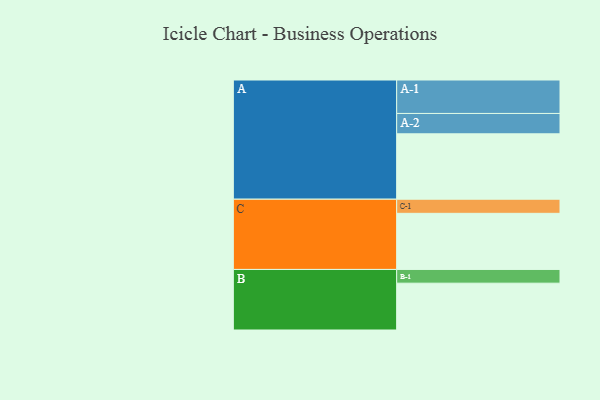
{"axis": {"x": "Segment", "y": "Value"}, "legend": ["", "A", "B", "C"], "data": [{"x": "A", "y": 514, "type": ""}, {"x": "B", "y": 368, "type": ""}, {"x": "C", "y": 441, "type": ""}, {"x": "A-1", "y": 263, "type": "A"}, {"x": "A-2", "y": 160, "type": "A"}, {"x": "B-1", "y": 108, "type": "B"}, {"x": "C-1", "y": 111, "type": "C"}]}